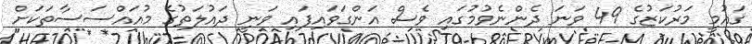
ޤައުމީ މަރުކަޒުގެ 49 ވަނަ ދެންނެވުމުގައި ވެސް އަންގަވައިފައި ވަނީ ދައުލަތުގެ މުއައްސަސާތަކަށް